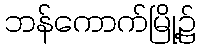
ဘန်ကောက်မြို့၌